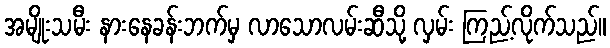
အမျိုးသမီး နားနေခန်းဘက်မှ လာသောလမ်းဆီသို့ လှမ်း ကြည့်လိုက်သည်။